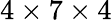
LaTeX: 4\times 7\times 4